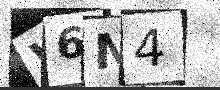
Text: W6N4